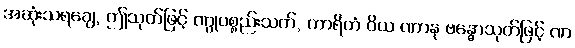
အဆုံးသရချေ, ဤသုတ်ဖြင့် ဏွုပစ္စည်းသက်, ကာရိတံ ဝိယ ဏာနု ဗန္ဓောသုတ်ဖြင့် ဏ